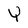
Character: Y